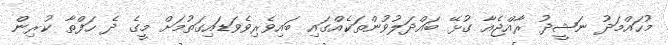
މުހައްމަދު ނަޝީދު ރާއްޖެއާ ގުޅޭ ބައްދަލުވުންތަކެއްގައި ބައިވެރިވެވަޑައިގަތުމަށް މީގެ ދެ ހަފްތާ ކުރިން